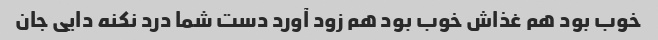
خوب بود هم غذاش خوب بود هم زود آورد دست شما درد نکنه دایی جان